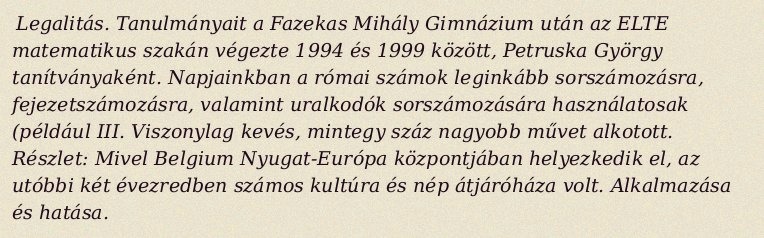
Legalitás. Tanulmányait a Fazekas Mihály Gimnázium után az ELTE matematikus szakán végezte 1994 és 1999 között, Petruska György tanítványaként. Napjainkban a római számok leginkább sorszámozásra, fejezetszámozásra, valamint uralkodók sorszámozására használatosak (például III. Viszonylag kevés, mintegy száz nagyobb művet alkotott. Részlet: Mivel Belgium Nyugat-Európa központjában helyezkedik el, az utóbbi két évezredben számos kultúra és nép átjáróháza volt. Alkalmazása és hatása.